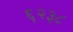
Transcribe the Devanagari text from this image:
६२३८